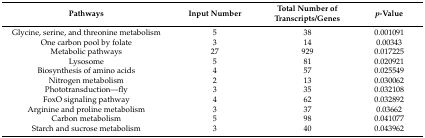
<table><thead><tr><td><b>Pathways</b></td><td><b>Input Number</b></td><td><b>Total Number of Transcripts/Genes</b></td><td><b><i>p</i>-Value</b></td></tr></thead><tbody><tr><td>Glycine, serine, and threonine metabolism</td><td>5</td><td>38</td><td>0.001091</td></tr><tr><td>One carbon pool by folate</td><td>3</td><td>14</td><td>0.00343</td></tr><tr><td>Metabolic pathways</td><td>27</td><td>929</td><td>0.017225</td></tr><tr><td>Lysosome</td><td>5</td><td>81</td><td>0.020921</td></tr><tr><td>Biosynthesis of amino acids</td><td>4</td><td>57</td><td>0.025549</td></tr><tr><td>Nitrogen metabolism</td><td>2</td><td>13</td><td>0.030062</td></tr><tr><td>Phototransduction—fly</td><td>3</td><td>35</td><td>0.032108</td></tr><tr><td>FoxO signaling pathway</td><td>4</td><td>62</td><td>0.032892</td></tr><tr><td>Arginine and proline metabolism</td><td>3</td><td>37</td><td>0.03662</td></tr><tr><td>Carbon metabolism</td><td>5</td><td>98</td><td>0.041077</td></tr><tr><td>Starch and sucrose metabolism</td><td>3</td><td>40</td><td>0.043962</td></tr></tbody></table>